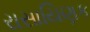
રાસાયિણક